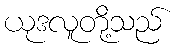
ယုဒလူတို့သည်